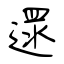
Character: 遝